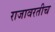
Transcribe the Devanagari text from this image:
राजावरतीच